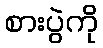
စားပွဲကို